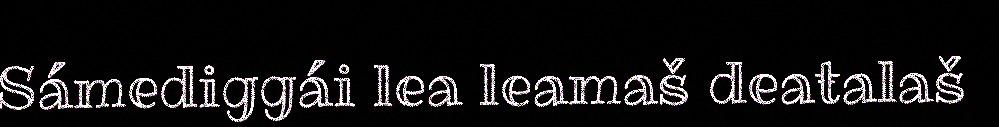
Sámediggái lea leamaš deaŧalaš